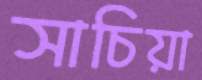
সাচিয়া